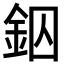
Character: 𨥱